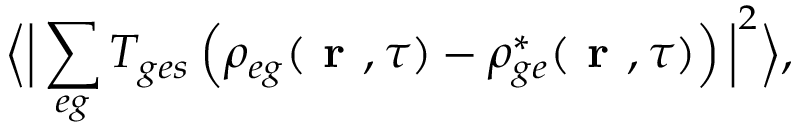
\Big \langle \Big | \sum _ { e g } T _ { g e s } \left( \rho _ { e g } ( \textbf { r } , \tau ) - \rho _ { g e } ^ { * } ( \textbf { r } , \tau ) \right) \Big | ^ { 2 } \Big \rangle ,